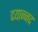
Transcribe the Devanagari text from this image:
दयान्नद